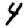
Digit: 4